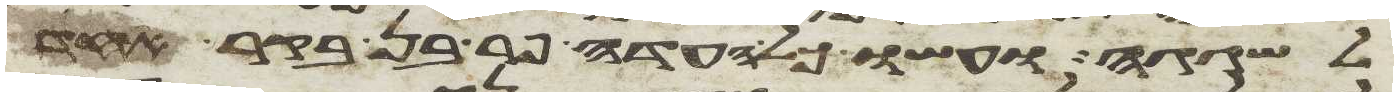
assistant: לשגגה ועשו כל העדה פר בן בקר אחד